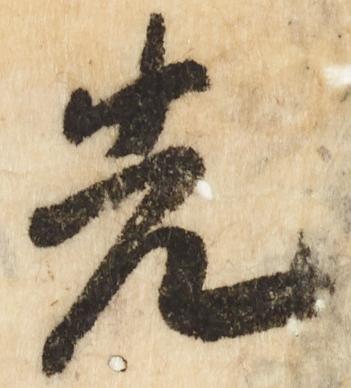
先